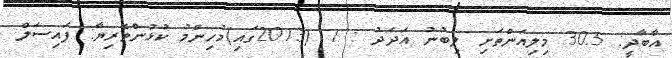
އާބާދީ: 30.5 މިލިއަންތަށި ލިބުނު އަދަދު : 1 (2013ގައި)މުހިންމު ކުޅުންތެރިޔާ: ފައިސަލް